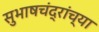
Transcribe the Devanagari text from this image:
सुभाषचंद्रांच्या